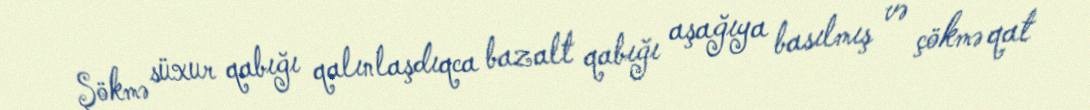
Şökmə süxur qabığı qalınlaşdıqca bazalt qabığı aşağıya basılmış və çökmə qat